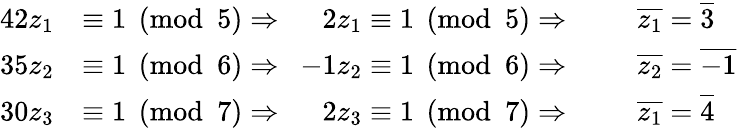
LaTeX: \begin{array}{rlrl}{42z_{1}}&{\equiv 1\pmod 5\Rightarrow\enspace\enspace\; 2z_{1}\equiv 1\pmod 5\Rightarrow\enspace}&&{\overline{{z_{1}}}=\overline{{3}}}\\ {35z_{2}}&{\equiv 1\pmod 6\Rightarrow\enspace-1z_{2}\equiv 1\pmod 6\Rightarrow\enspace}&&{\overline{{z_{2}}}=\overline{{-1}}}\\ {30z_{3}}&{\equiv 1\pmod 7\Rightarrow\enspace\enspace\; 2z_{3}\equiv 1\pmod 7\Rightarrow\enspace}&&{\overline{{z_{1}}}=\overline{{4}}}\end{array}